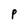
Character: p